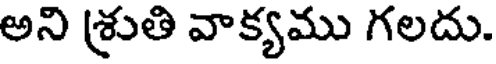
అని శ్రుతి వాక్యము గలదు.